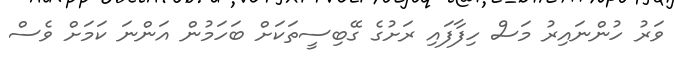
ވަރު ހުންނައިރު މަސް ހިފާފައި ރަށުގެ ގޭބިސީތަކަށް ބަހަމުން އަންނަ ކަމަށް ވެސް